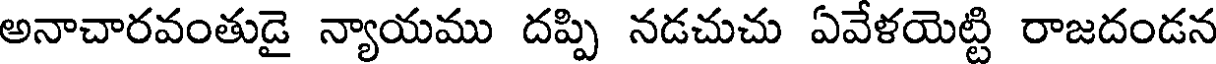
అనాచారవంతుడై న్యాయము దప్పి నడచుచు ఏవేళయెట్టి రాజదండన